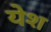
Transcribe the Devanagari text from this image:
येश